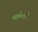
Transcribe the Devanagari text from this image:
मालेतले